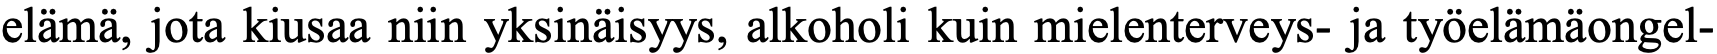
elämä, jota kiusaa niin yksinäisyys, alkoholi kuin mielenterveys- ja työelämäongel-